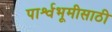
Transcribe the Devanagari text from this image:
पार्श्वभूमीसाठी